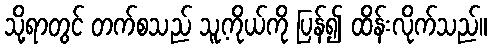
သို့ရာတွင် တက်စသည် သူ့ကိုယ်ကို ပြန်၍ ထိန်းလိုက်သည်။